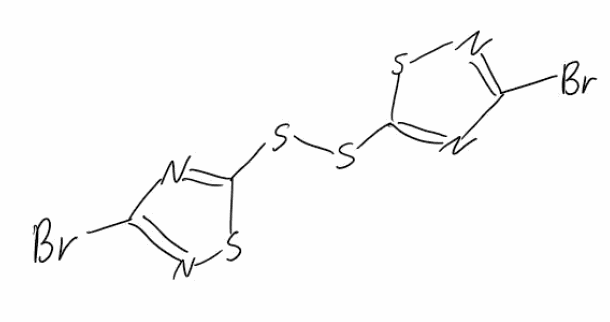
Simplified molecular-input line-entry system (SMILES) notation of the given molecule:
C1(=NSC(=N1)SSC2=NC(=NS2)Br)Br